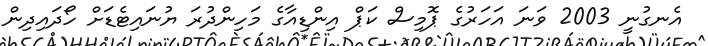
އެނގުނީ 2003 ވަނަ އަހަރުގެ ޕޮމިސް ކަޕް އިންޑިއާގެ މަހިންދުރަ ޔުނައިޓެޑަށް ހޯދައިދިން